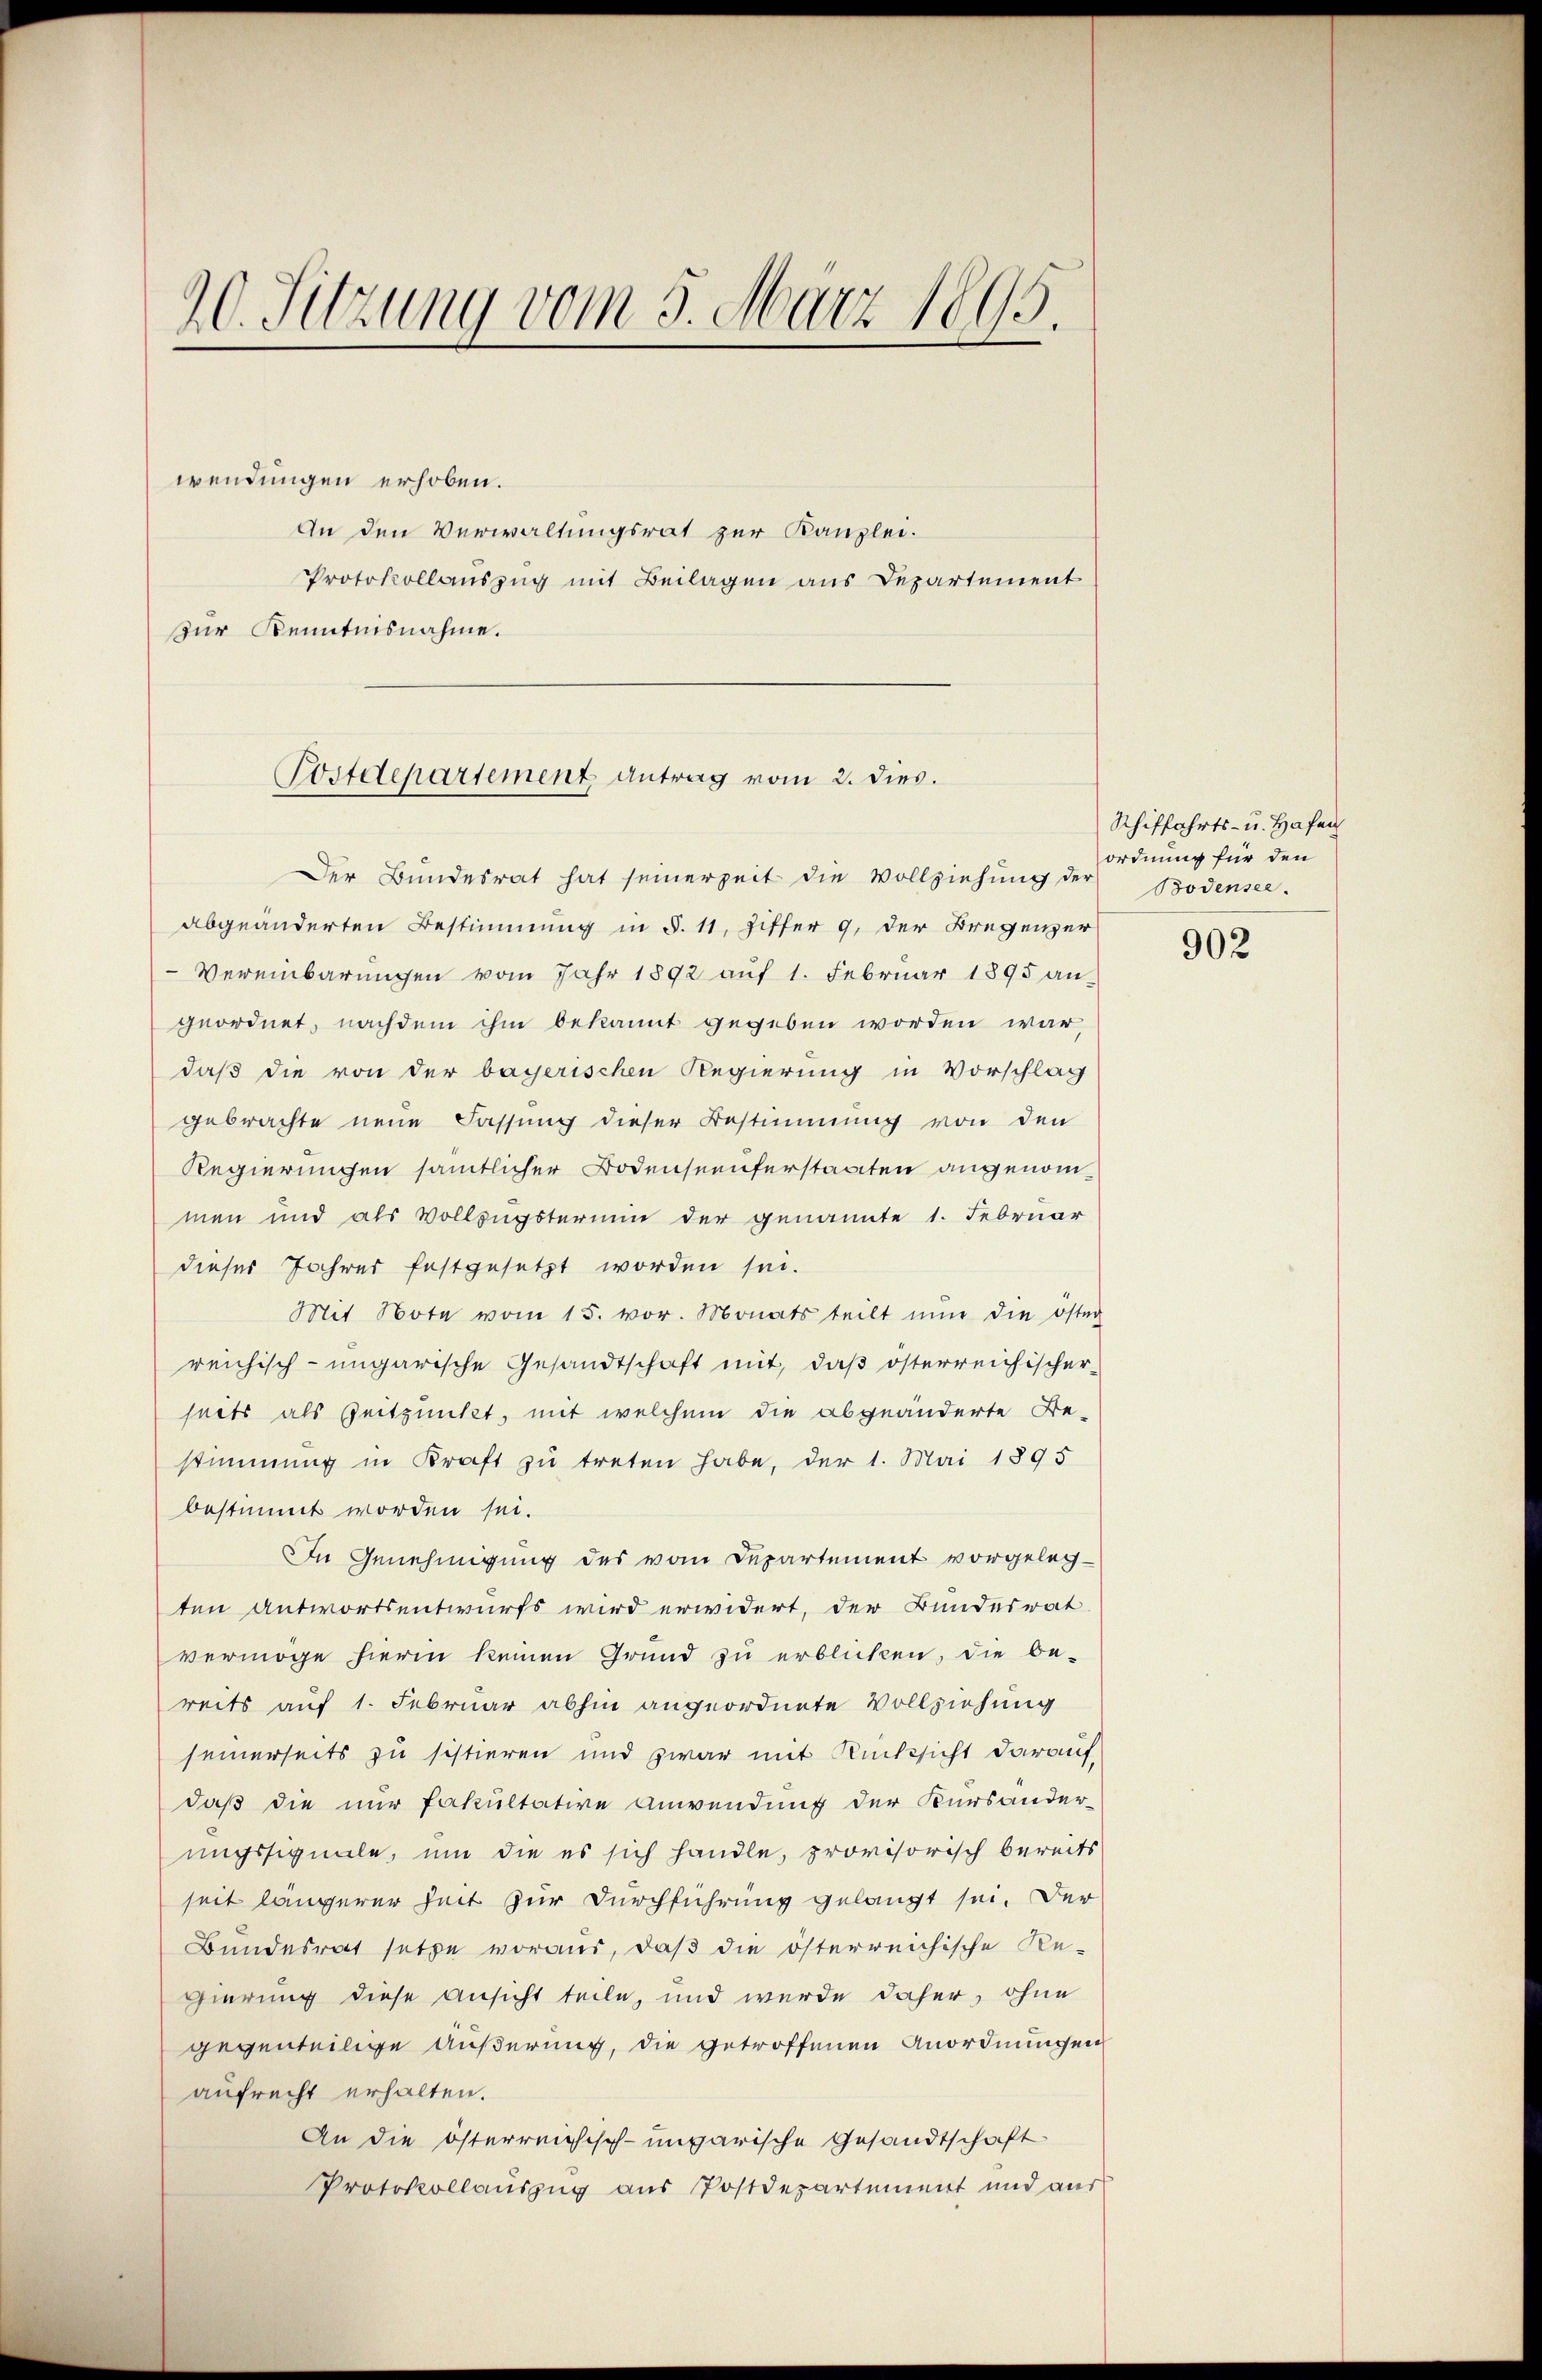
20. Sitzung vom 5. März 1895.

wendungen erhoben.
An den Verwaltungsrat zur Kanzlei.
Protokollauszug mit Beilagen aus Departement
zur Kenntnisnahme.

Postdepartement antrag vom 2. dies.

Der Bundesrat hat seinerzeit die Vollziehŭng der Bodensee.
abgeänderten Bestimmung in §. 11, Ziffer 9. der Bregenzer
Vereinbarungen vom Jahr 1892 auf 1. Februar 1895 angeordnet, nachdem ihm bekannt gegeben worden war,
daß die von der bayerischen Regierung in Vorschlag
gebrachte neue Fassung dieser Bestimmung von den
Regierungen sämtlicher Bodenseeuferstaaten angenommen und als Vollzugstermin der genannte 1. Februar
dieser Jahres festgesetzt worden sei.
Mit Note vom 15. vor. Monats teilt nun die öster
reichisch-ungarische Gesandtschaft mit, daß österreichischer-
seits als Zeitpunkt, mit welchem die abgeänderte Be-
stimmung in Kraft zu treten habe, der 1. Mai 1895
bestimmt worden sei.
In Genehmigung des vom Departement vorgelegten Antwortsentwurfs wird erwidert, der Bundesrat
vermöge hierin keinen Grund zu erblicken, die be-
reits auf 1. Februar abhin angeordnete Vollziehung
seinerseits zu sistieren und zwar mit Rücksicht darauf,
daß die nur Fakultative Anwendung der Kursander-
ungssignale, um die es sich handle, provisorisch bereits
seit längerer Zeit zur Durchführung gelangt sei. Der
Bundesrat setze voraus, daß die österreichische Re-
gierung diese Ansicht teile, und wurde daher, ohne
gegenteilige Äußerung, die getroffenen Anordnungen
aufrecht erhalten.
An die österreichisch-ungarische Gesandtschaft
Protokollauszug aus Postdepartement und aus

Schiffahrts- u. Hafen
ordnung für den

902